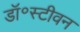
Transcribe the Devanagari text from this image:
डॉ॰स्टीवन